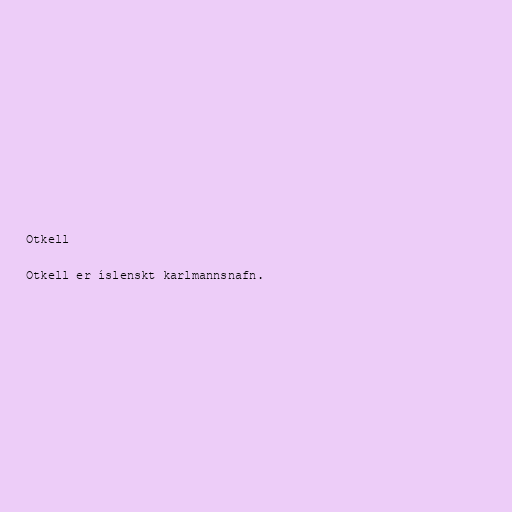
Otkell

Otkell er íslenskt karlmannsnafn.